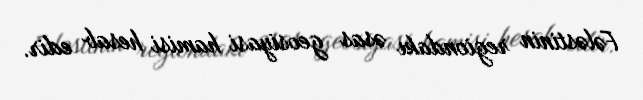
Fələstinin regiondakı əsas geosiyasi hamisi hesab edir.